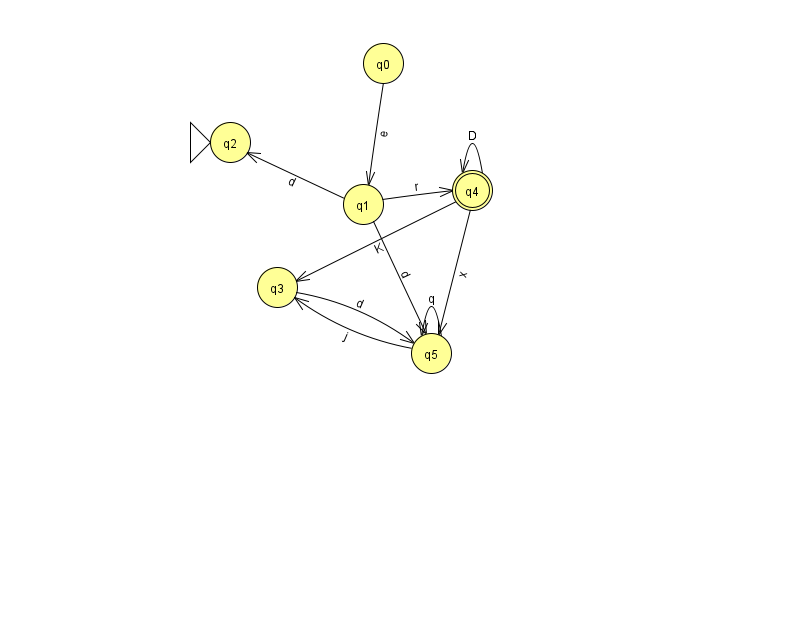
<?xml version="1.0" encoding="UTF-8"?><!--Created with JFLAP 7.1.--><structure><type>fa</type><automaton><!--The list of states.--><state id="0" name="q0"><x>383.0</x><y>50.0</y></state><state id="1" name="q1"><x>363.0</x><y>191.0</y></state><state id="2" name="q2"><x>230.0</x><y>129.0</y><initial/></state><state id="3" name="q3"><x>277.0</x><y>274.0</y></state><state id="4" name="q4"><x>472.0</x><y>177.0</y><final/></state><state id="5" name="q5"><x>431.0</x><y>340.0</y></state><!--The list of transitions.--><transition><from>3</from><to>5</to><read>d</read></transition><transition><from>4</from><to>3</to><read>K</read></transition><transition><from>5</from><to>5</to><read>q</read></transition><transition><from>1</from><to>2</to><read>d</read></transition><transition><from>4</from><to>4</to><read>D</read></transition><transition><from>0</from><to>1</to><read>e</read></transition><transition><from>1</from><to>4</to><read>r</read></transition><transition><from>4</from><to>5</to><read>x</read></transition><transition><from>1</from><to>5</to><read>d</read></transition><transition><from>5</from><to>3</to><read>j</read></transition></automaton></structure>